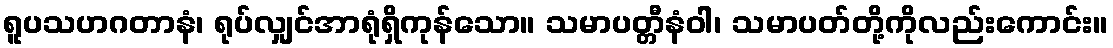
ရူပသဟဂတာနံ၊ ရုပ်လျှင်အာရုံရှိကုန်သော။ သမာပတ္တီနံဝါ၊ သမာပတ်တို့ကိုလည်းကောင်း။